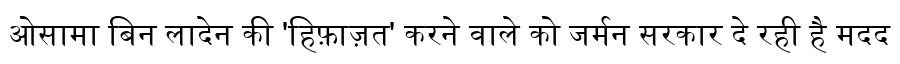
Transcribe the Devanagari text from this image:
ओसामा बिन लादेन की 'हिफ़ाज़त' करने वाले को जर्मन सरकार दे रही है मदद